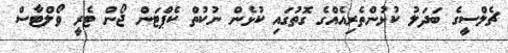
ޗެލްސީގެ ބަދަލު ކުޅުންތެރިއެއްގެ ގޮތުގައި ކުޅެން ނުކުތް ކެޕްޓަން ޖޯން ޓެރީ ވޯލްޓާސް